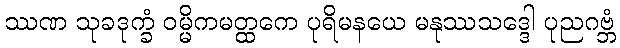
ဿဏ သုခဒုက္ခံ ဝမ္မိကမတ္ထကေ ပုရိမနယေ မနုဿသဒ္ဒေါ ပုညဂဗ္ဘံ